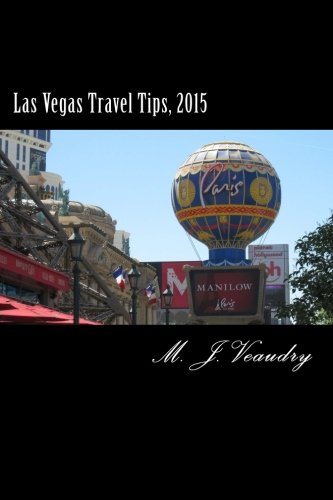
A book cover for Las Vegas Travel Tips: 2015; M. J. Veaudry; Travel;